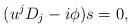
LaTeX: \begin{align*}(u^jD_j-i\phi)s=0,\end{align*}